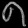
Digit: ၈